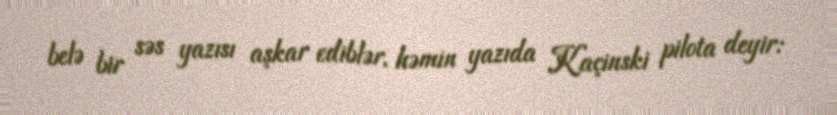
belə bir səs yazısı aşkar ediblər, həmin yazıda Kaçinski pilota deyir: